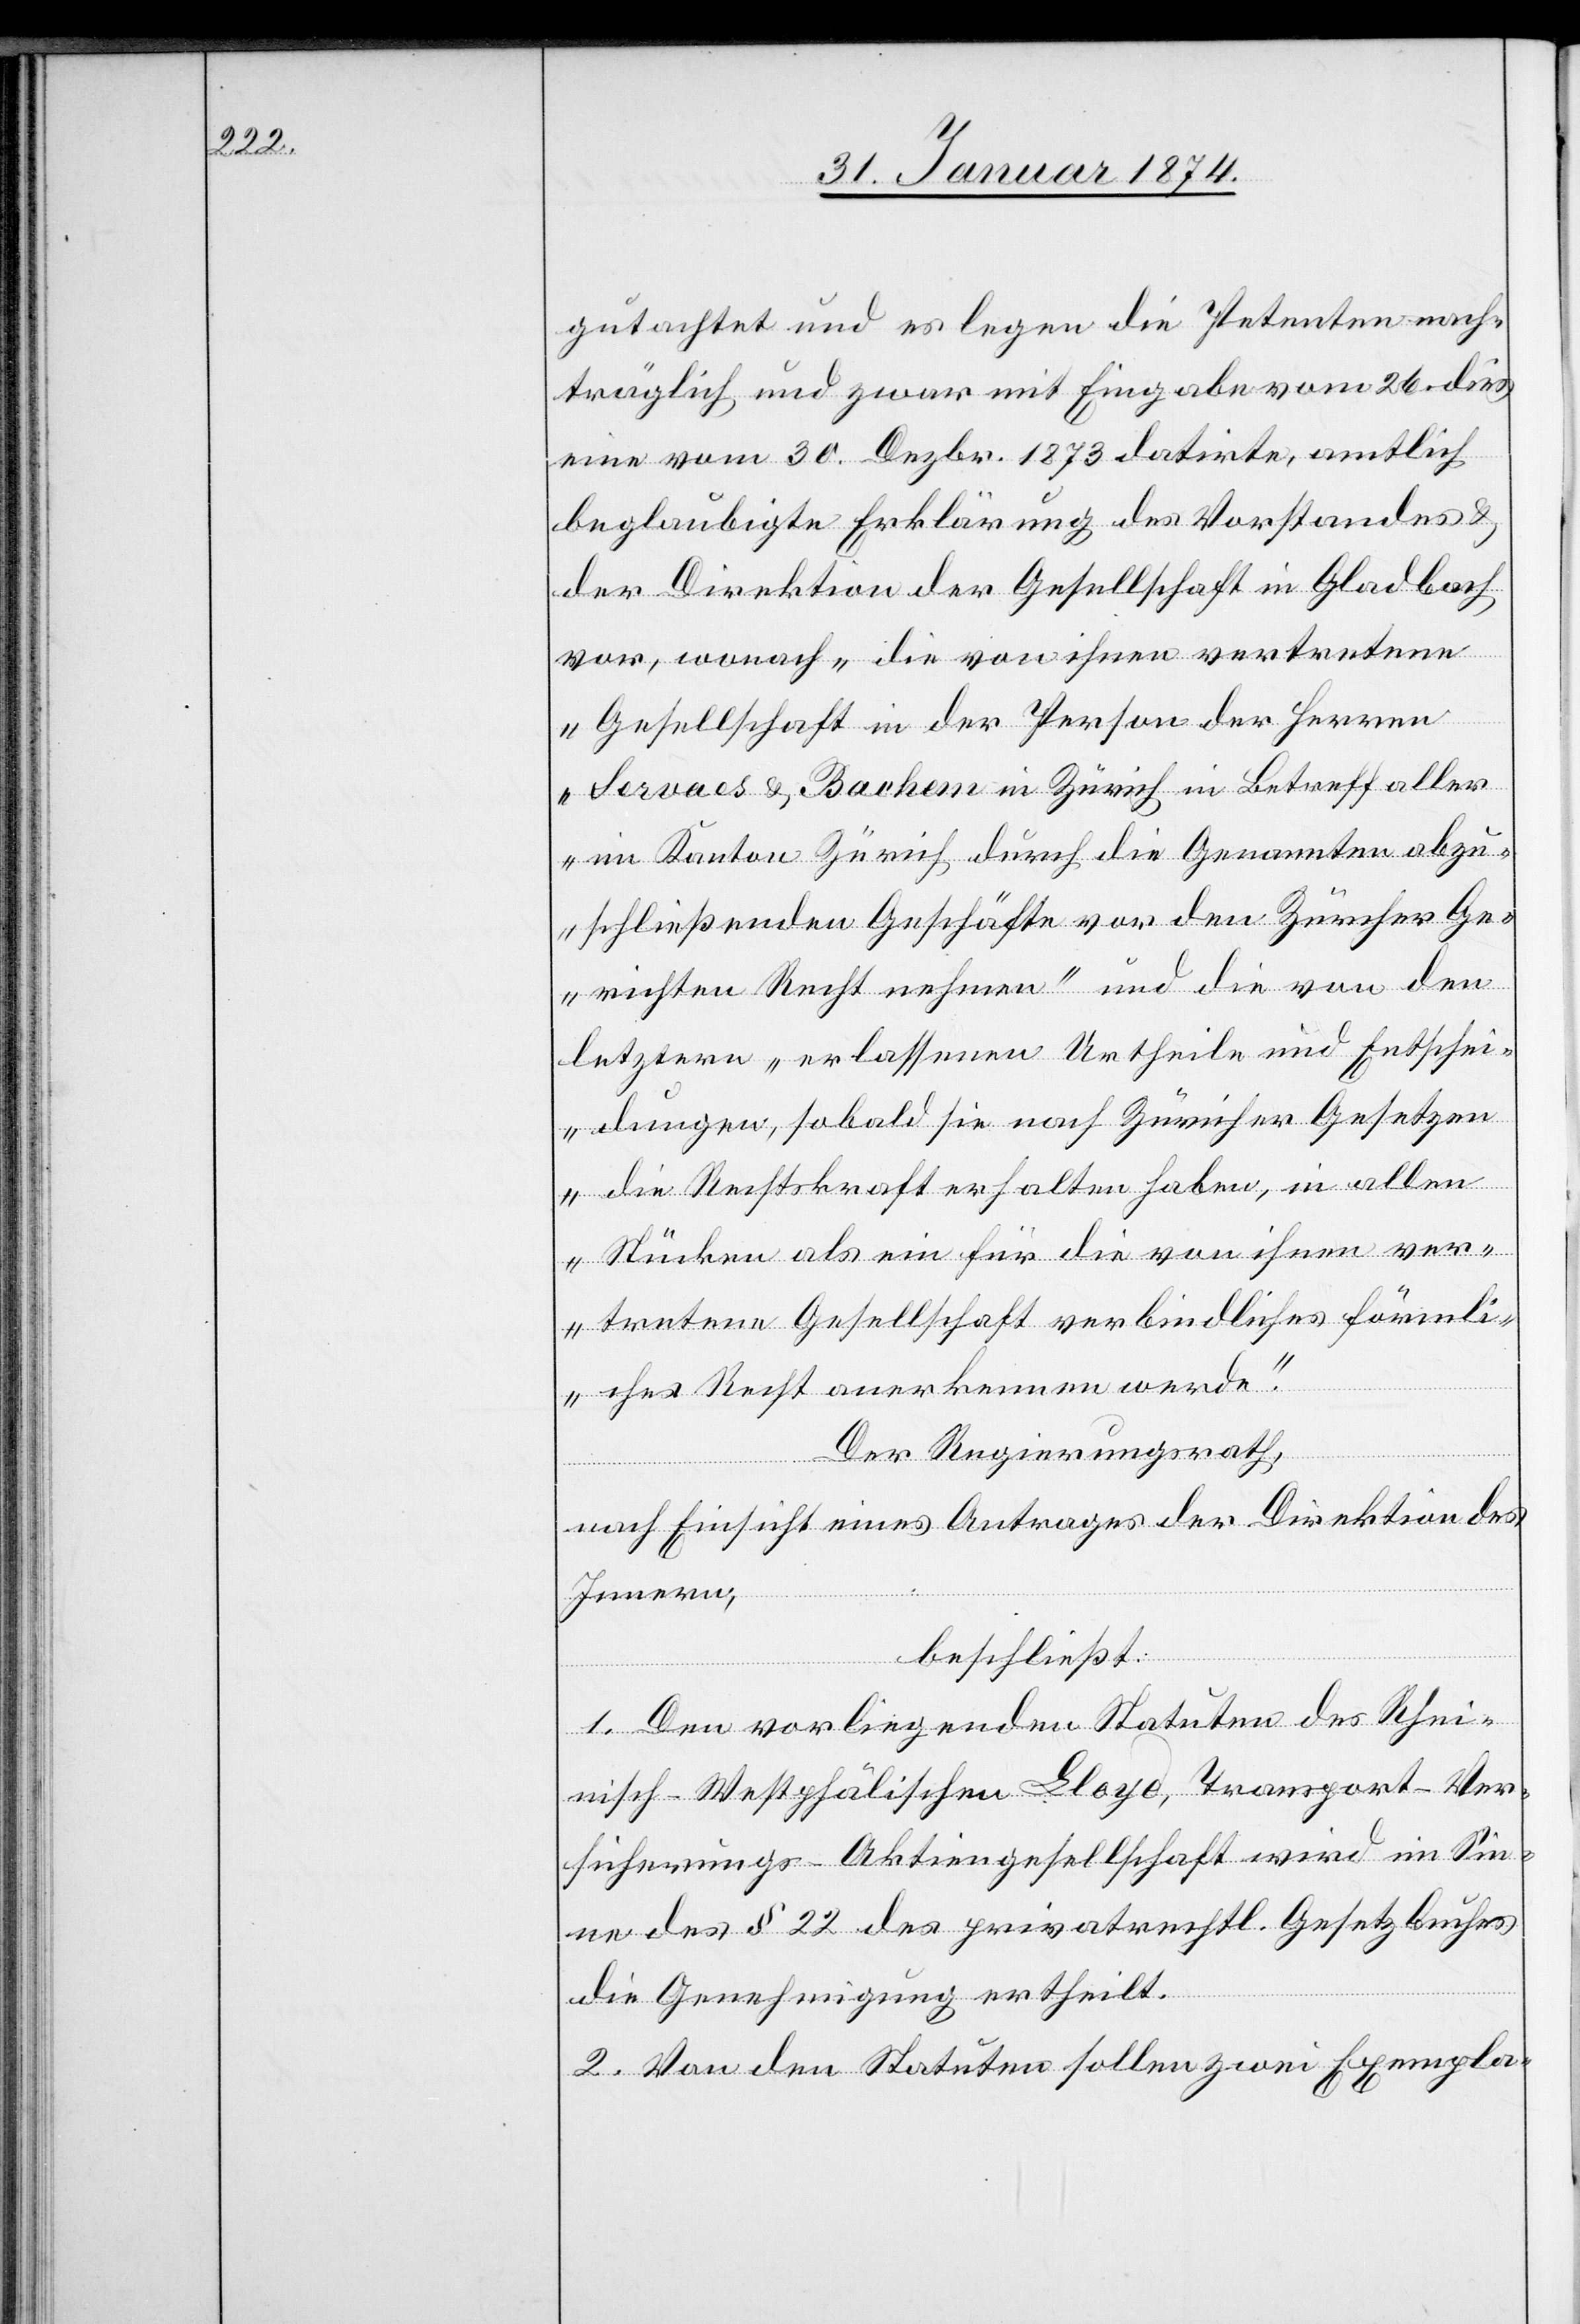
gutachtet und es legen die Petenten nach¬
träglich und zwar mit Eingabe vom 26. dies
eine vom 30. Dezbr. 1873 datirte, amtlich
beglaubigte Erklärung des Vorstandes &
der Direktion der Gesellschaft in Gladbach
vor, wonach „die von ihnen vertretene
Gesellschaft in der Person der Herren
Servaes & Bachen in Zürich in Betreff aller
im Kanton Zürich durch die Genannten abzu¬
schließenden Geschäfte vor den Zürcher Ge¬
richten Recht nehmen“ und die von den
letztern „erlassenen Urtheile und Entschei¬
dungen, sobald sie nach Züricher Gesetze¬
n die Rechtskraft erhalten haben, in allen
Stücken als ein für die von ihnen ver¬
tretene Gesellschaft verbindliches förmli¬
ches Recht anerkennen werde.“
Der Regierungsrath,
nach Einsicht eines Antrages der Direktion des
Innern,
beschließt:
1. Den vorliegenden Statuten des Rhei¬
nisch-Westphälischen Bloyd, Transport-Ver¬
sicherungs-Aktiengesellschaft wird im Sin¬
ne des § 22 des privatrechtl. Gesetzbuches
die Genehmigung ertheilt.
2. Von den Statuen sollen zwei Exempla-